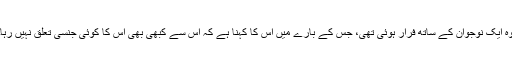
وہ ايک نوجوان کے ساتھ فرار ہوئی تھی، جس کے بارے ميں اُس کا کہنا ہے کہ اُس سے کبھی بھی اس کا کوئی جنسی تعلق نہيں رہا۔